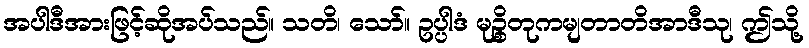
အပါဒီအားဖြင့်ဆိုအပ်သည်။ သတိ၊ သော်။ ဥပ္ပါဒံ မုဉ္စိတုကမျတာတိအာဒီသု၊ ဤသို့